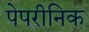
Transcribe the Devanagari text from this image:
पेपरीनिक